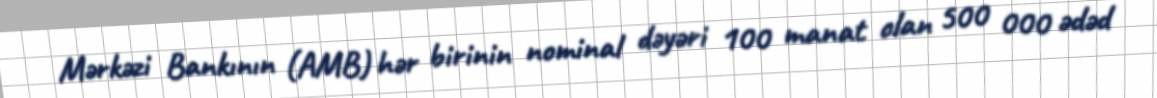
Mərkəzi Bankının (AMB) hər birinin nominal dəyəri 100 manat olan 500 000 ədəd